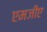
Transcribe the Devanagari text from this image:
एमजीए